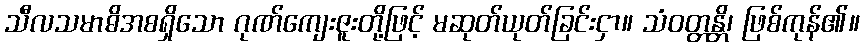
သီလသမာဓိအစရှိသော ဂုဏ်ကျေးဇူးတို့ဖြင့် မဆုတ်ယုတ်ခြင်းငှာ။ သံဝတ္တန္တိ၊ ဖြစ်ကုန်၏။